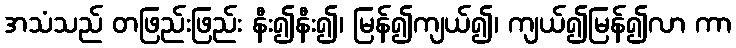
အသံသည် တဖြည်းဖြည်း နီး၍နီး၍၊ မြန်၍ကျယ်၍၊ ကျယ်၍မြန်၍လာ ကာ